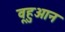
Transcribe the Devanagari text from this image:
वूहुआन